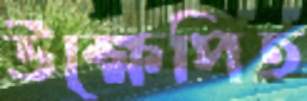
উক্ষেপিত